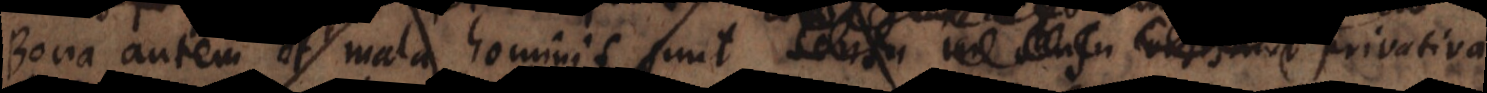
Bona autem et mala hominis sunt positiva aut privativa.